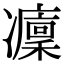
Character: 𠘡